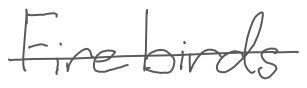
Text: Firebirds
Cross-out: single-line
Writing tool: digital_gray